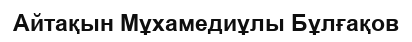
Айтақын Мұхамедиұлы Бұлғақов